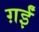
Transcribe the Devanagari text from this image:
ग़ईं